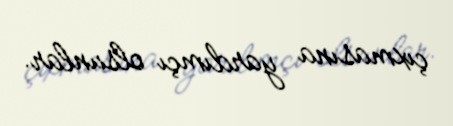
çıxmasına yardımçı olsunlar.